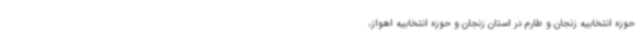
حوزه انتخابیه زنجان و طارم در استان زنجان و حوزه انتخابیه اهواز،